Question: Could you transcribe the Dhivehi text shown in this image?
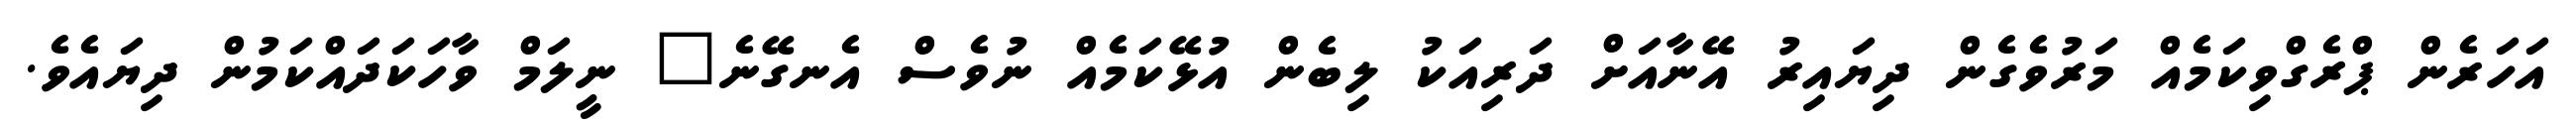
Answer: އަހަރެން ޕްރެގްވިކަމެއް މަރުވެގެން ދިޔައިރު އޭނާއަށް ދަރިއަކު ލިބެން އުޅޭކަމެއް ނުވެސް އެނގޭނެ" ނީލަމް ވާހަކަދައްކަމުން ދިޔައެވެ.